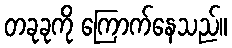
တခုခုကို ကြောက်နေသည်။